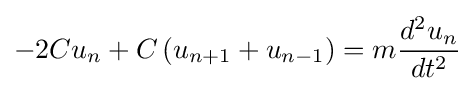
-2Cu_{n}+C\left(u_{n+1}+u_{n-1}\right)=m{\frac {d^{2}u_{n}}{dt^{2}}}